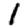
Digit: 1